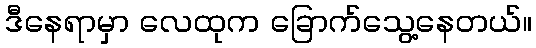
ဒီနေရာမှာ လေထုက ခြောက်သွေ့နေတယ်။